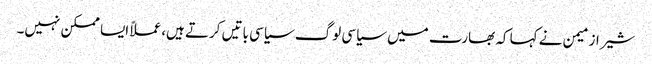
شیراز میمن نے کہا کہ بھارت میں سیاسی لوگ سیاسی باتیں کرتے ہیں،عملاً ایسا ممکن نہیں۔